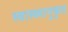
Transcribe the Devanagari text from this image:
स्वास्थ्यानुकुल